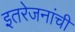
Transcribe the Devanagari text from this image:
इतरेजनांची